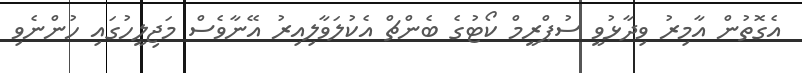
އެގޮތުން އާމިރު ވިދާޅުވީ ސުޕްރީމް ކޯޓުގެ ބެންޗް އެކުލަވާލިއިރު އޭނާވެސް މަޖިލީހުގައި ހުންނެވި